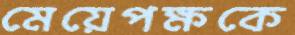
মেয়েপক্ষকে